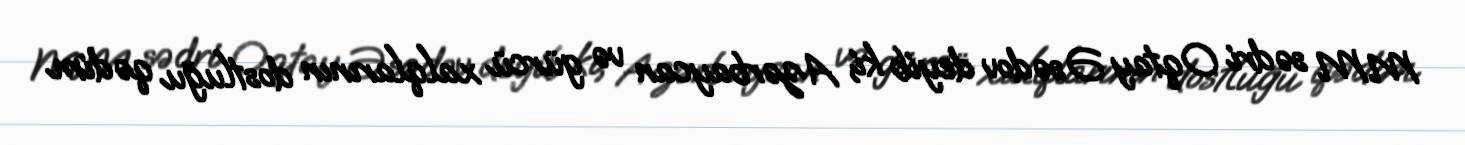
MM sədri Oqtay Əsədov deyib ki, Azərbaycan və gürcü xalqlarının dostluğu qədim